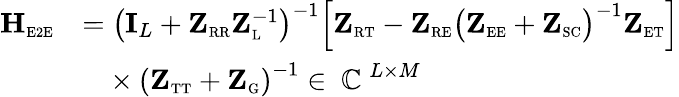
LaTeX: \begin{array}{rl}{\mathbf{H}_{\scriptscriptstyle\mathrm{E2E}}}&{=\left(\mathbf{I}_{L}+\mathbf{Z}_{\scriptscriptstyle\mathrm{R}\scriptscriptstyle\mathrm{R}}\mathbf{Z}_{\scriptscriptstyle\mathrm{L}}^{-1}\right)^{-1}\Big[\mathbf{Z}_{\scriptscriptstyle\mathrm{R}\scriptscriptstyle\mathrm{T}}-\mathbf{Z}_{\scriptscriptstyle\mathrm{R}\scriptscriptstyle\mathrm{E}}\big(\mathbf{Z}_{\scriptscriptstyle\mathrm{E}\scriptscriptstyle\mathrm{E}}+\mathbf{Z}_{\scriptscriptstyle\mathrm{SC}}\big)^{-1}\mathbf{Z}_{\scriptscriptstyle\mathrm{E}\scriptscriptstyle\mathrm{T}}\Big]}\\ &{\phantom{=}\times\left(\mathbf{Z}_{\scriptscriptstyle\mathrm{T}\scriptscriptstyle\mathrm{T}}+\mathbf{Z}_{\scriptscriptstyle\mathrm{G}}\right)^{-1}\in\mathrm{~\mathbb{C}~}^{L\times M}}\end{array}